Lunatic asylums in Bengal annual reports 1912-1924 - 1912-1924
Year: 1912
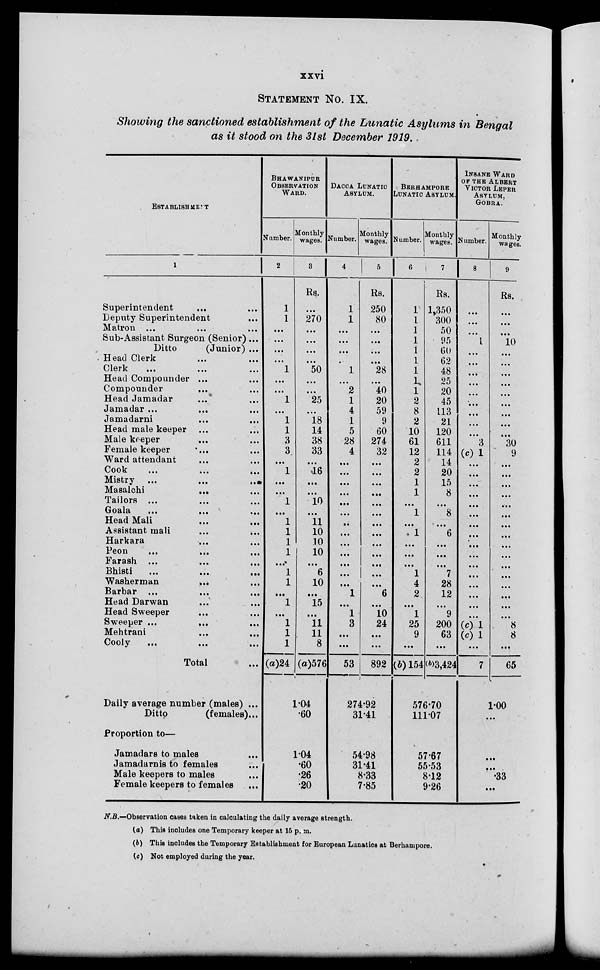
xxvi
STATEMENT No. IX.
Showing the sanctioned establishment of the Lunatic Asylums in Bengal
as it stood on the 31st December 1919..
ESTABLISHMENT
1
Superintendent ... ...
Deputy Superintendent ...
Matron ... ... ...
Sub-Assistant Surgeon (Senior) ...
Ditto
(Junior) ...
Head Clerk ... ...
Clerk
...
...
...
Head Compounder ... ...
Compounder ... ...
Head Jamadar ... ...
Jamadar ... ... ...
Jamadarni ... ...
Head male keeper ... ...
Male keeper ... ...
Female keeper
... ...
Ward attendant ... ...
Cook
...
...
...
Mistry ...
...
...
Masalchi
... ...
Tailors ... ... ...
Goala
...
...
...
Head Mali ... ...
Assistant mali
...
...
Harkara ... ...
Peon
...
...
...
Farash ... ... ...
Bhisti
...
...
...
Washerman
... ...
Barbar ... ... ...
Head Darwan ... ...
Head Sweeper ... ...
Sweeper ... ... ...
Mehtrani
...
... ...
Cooly
...
...
...
Total ...
Daily average number (males) ...
Ditto
(females)...
Proportion to—
Jamadars to males
Jamadarnis to females
Male keepers to males
Female keepers to females
BHAWANIPUR
OBSERVATION
WARD.
Number.
2
1
1
...
...
...
...
1
...
...
1
...
1
1
3
3
...
1
...
...
1
...
1
1
1
1
...
1
1
...
1
...
1
1
1
(a)24
Monthly
wages.
3
Rs.
...
270
...
...
....
....
50
...
...
25
...
18
14
38
33
...
16
...
...
10
...
11
10
10
10
...
6
10
...
15
...
11
11
8
(a)576
1.04
.60
1.04
.60
.26
.20
DACCA LUNATIC
ASYLUM.
Number.
4
1
1
...
...
...
,.
1
...
2
1
4
1
5
28
4
...
...
...
...
...
...
...
...
...
...
...
...
...
1
...
1
3
...
...
53
Monthly
wages.
5
Rs.
250
80
...
...
...
...
28
...
40
20
59
9
60
274
32
...
...
...
...
...
...
...
...
...
...
...
...
...
6
...
10
24
...
...
892
274.92
31.41
54.98
31.41
8.33
7.85
BERHAMPORE
LUNATIC ASYLUM.
Number.
6
1
1
1
1
1
1
1
1
1
2
8
2
10
61
12
2
2
1
1
...
1
...
1
...
...
...
1
4
2
...
1
25
9
...
(b) 154
Monthly
wages.
7
Rs.
1,350
300
50
95
60
62
48
25
20
45
113
21
120
611
114
14
20
15
8
...
8
...
6
...
...
...
7
28
12
...
9
200
63
...
(b)3,424
576.70
111.07
57.67
55.53
8.12
9.26
INSANE WARD
OF THE ALBERT
VICTOR LEPER
ASYLUM,
GOBRA.
Number.
8
...
...
...
1
...
...
...
...
...
...
...
...
...
3
(c) 1
...
...
...
...
...
...
...
...
...
...
...
...
...
...
...
...
(c) 1
(c) 1
...
7
Monthly
wages.
9
Rs.
...
...
...
10
...
...
...
...
...
...
...
...
...
30
9
...
...
...
...
...
...
...
...
...
...
...
...
...
...
...
...
8
8
...
65
1.00
...
...
...
33
...
N.B.—Observation cases taken in calculating the daily average strength.
(a) This includes one Temporary keeper at 16 p. m.
(b) This includes the Temporary Establishment for European Lunatics at Berhampore.
(c) Not employed during the year.